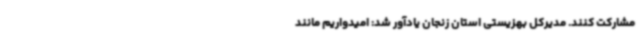
مشارکت کنند. مدیرکل بهزیستی استان زنجان یادآور شد: امیدواریم مانند